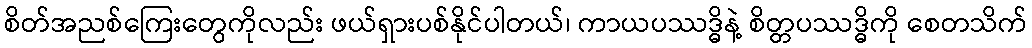
စိတ်အညစ်ကြေးတွေကိုလည်း ဖယ်ရှားပစ်နိုင်ပါတယ်၊ ကာယပဿဒ္ဓိနဲ့ စိတ္တပဿဒ္ဓိကို စေတသိက်